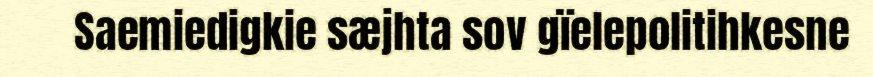
Saemiedigkie sæjhta sov gïelepolitihkesne